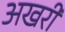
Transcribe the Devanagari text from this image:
अखरी